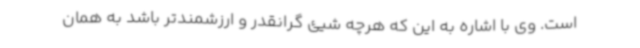
است. وی با اشاره به این که هرچه شیئ گرانقدر و ارزشمندتر باشد به همان